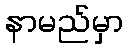
နာမည်မှာ